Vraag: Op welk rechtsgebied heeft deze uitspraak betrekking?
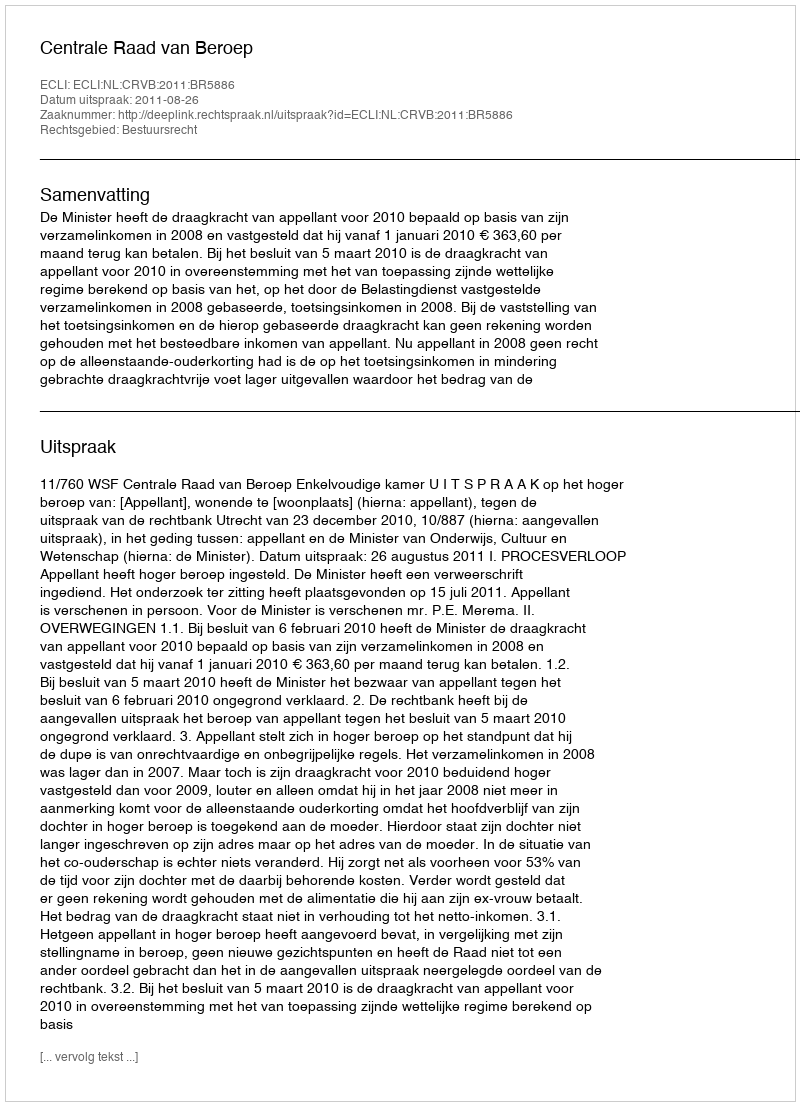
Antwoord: Bestuursrecht